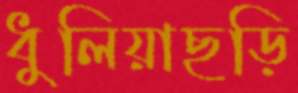
ধুলিয়াছড়ি